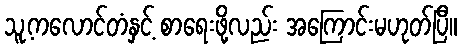
သူ့ကလောင်တံနှင့် စာရေးဖို့လည်း အကြောင်းမဟုတ်ပြီ။